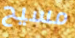
مسيح